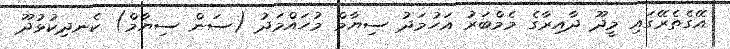
އޭގެތެރޭގައި މީދޫ ދާއިރާގެ މެމްބަރު އަހުމަދު ސިޔާމް މުހައްމަދު (ސަން ސިޔާމް) ކެނދިކުޅުދޫ